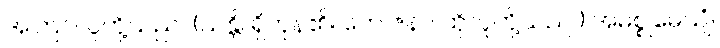
အကြင်လူတို့သည်။ (သန္တိ၊ ရှိကုန်၏။ တေ ဇနာ၊ ထိုလူတို့သည်။) အမစ္စုဓေယျံ၊